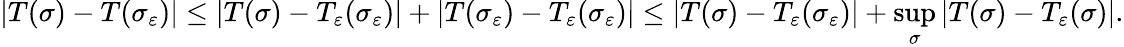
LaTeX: |T(\sigma)-T(\sigma_{\varepsilon})|\le|T(\sigma)-T_{\varepsilon}(\sigma_{\varepsilon})|+|T(\sigma_{\varepsilon})-T_{\varepsilon}(\sigma_{\varepsilon})|\le|T(\sigma)-T_{\varepsilon}(\sigma_{\varepsilon})|+\operatorname*{sup}_{\sigma}|T(\sigma)-T_{\varepsilon}(\sigma)|.